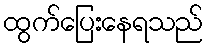
ထွက်ပြေးနေရသည်